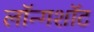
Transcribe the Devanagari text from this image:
लॉन्गशॉट